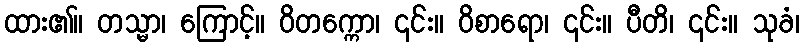
ထား၏။ တသ္မာ၊ ကြောင့်။ ဝိတက္ကော၊ ၎င်း။ ဝိစာရော၊ ၎င်း။ ပီတိ၊ ၎င်း။ သုခံ၊